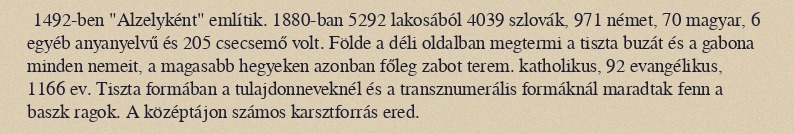
1492-ben "Alzelyként" említik. 1880-ban 5292 lakosából 4039 szlovák, 971 német, 70 magyar, 6 egyéb anyanyelvű és 205 csecsemő volt. Földe a déli oldalban megtermi a tiszta buzát és a gabona minden nemeit, a magasabb hegyeken azonban főleg zabot terem. katholikus, 92 evangélikus, 1166 ev. Tiszta formában a tulajdonneveknél és a transznumerális formáknál maradtak fenn a baszk ragok. A középtájon számos karsztforrás ered.